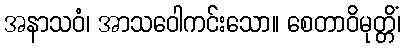
အနာသဝံ၊ အာသဝေါကင်းသော။ စေတာဝိမုတ္တိံ၊